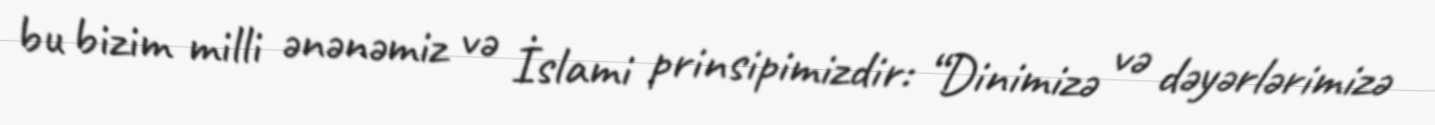
bu bizim milli ənənəmiz və İslami prinsipimizdir: “Dinimizə və dəyərlərimizə